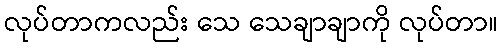
လုပ်တာကလည်း သေ သေချာချာကို လုပ်တာ။